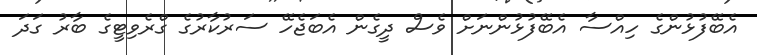
އެބޭފުޅުންގެ ހިއްސާ އެބޭފުޅުންނަށް ވެސް ދީގެން އެބަޖެހޭ ސަރުކާރުގެ ގްރެވިޓީގެ ބާރު ގަދަ